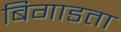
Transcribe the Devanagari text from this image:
बिगाडता